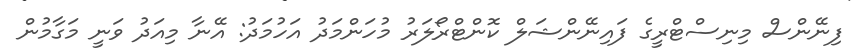
ފިނޭންސް މިނިސްޓްރީގެ ފައިނޭންޝަލް ކޮންޓްރޯލަރު މުހަންމަދު އަހުމަދު: އޭނާ މިއަދު ވަނީ މަގާމުން